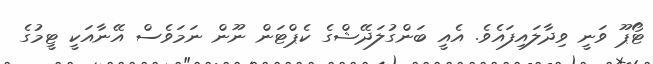
ޓޯޕޫ ވަނީ ވިދާލައިފައެވެ. އެއީ ބަންގުލަދޭޝްގެ ކެޕްޓަން ނޫން ނަމަވެސް އޭނާއަކީ ޓީމުގެ